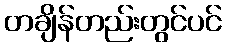
တချိန်တည်းတွင်ပင်